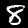
Digit: 8